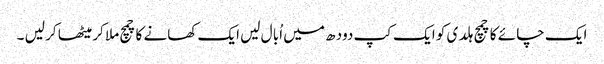
ایک چا ئے کا چمچ ہلد ی کو ایک کپ دود ھ میں اُبا ل لیں ایک کھانے کا چمچ ملا کر میٹھا کر لیں ۔